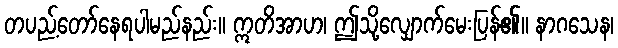
တပည့်တော်နေရပါမည်နည်း။ ဣတိအာဟ၊ ဤသို့လျှောက်မေးပြန်၏။ နာဂသေန၊